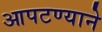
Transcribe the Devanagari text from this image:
आपटण्याने